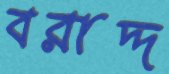
বরাদ্দ